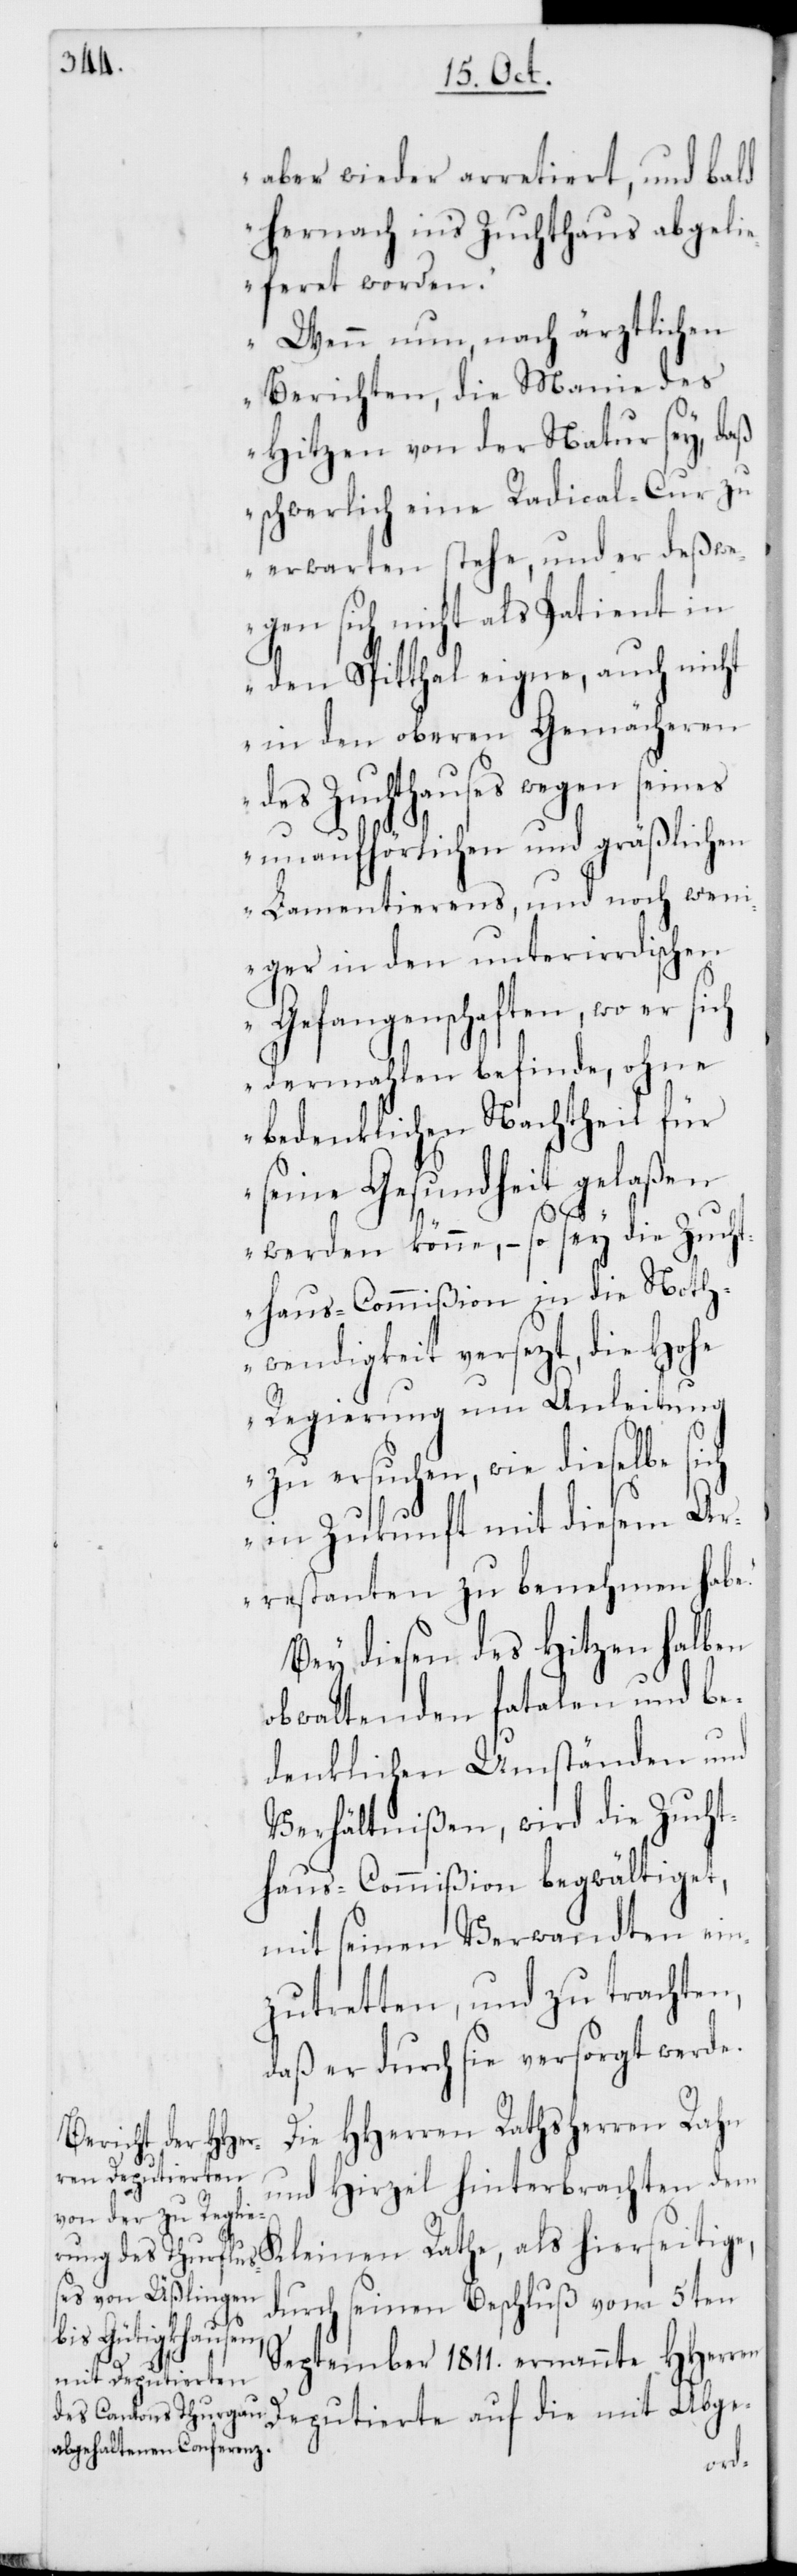
aber wieder arretiert, und bald
hernach in’s Zuchthaus abgeli¬
eferet worden.“
„Wenn nun nach ärztlichen
Berichten, die Manie des
Hitzen von der Natur sey, daß
schwerlich eine Radical-Cur zu
erwarten stehe, und er deßwe¬
gen sich nicht als Patient in
den Spitthal eigne, auch nicht
in den oberen Gemächeren
des Zuchthauses wegen seines
unaufhörlichen und gräßlichen
Lamentierens, und noch wen¬
iger in den unterirdischen
Gefangenschaften, wo er sich
dermahlen befinde, ohne
bedenklichen Nachtheil für
seine Gesundheit gelaßen
werden könne, – so sey die Zucht¬
haus-Commißion in die Noth¬
wendigkeit versezt, die Hohe
Regierung um Anleitung
zu ersuchen, wie dieselbe sich
in Zukunft mit diesem Ar¬
restanten zu benehmen habe.“
Bey diesen des Hitzen halben
obwaltenden fatalen und be¬
denklichen Umständen und
Verhältnißen, wird die Zucht¬
haus-Commißion begwältiget,
mit seinen Verwandten ein¬
zutretten, und zu trachten,
daß er durch sie versorgt werde.
Die HHerren Rathsherren Rahn
ren Deputierte
und Hirzel hinterbrachten dem
durch seinen Beschluß vom 5ten
hierseitige,
September 1811. ernannte HHer¬